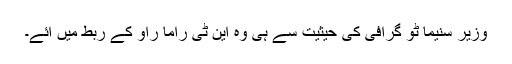
وزیر سنیما ٹو گرافی کی حیثیت سے ہی وہ این ٹی راما راؤ کے ربط میں آئے۔